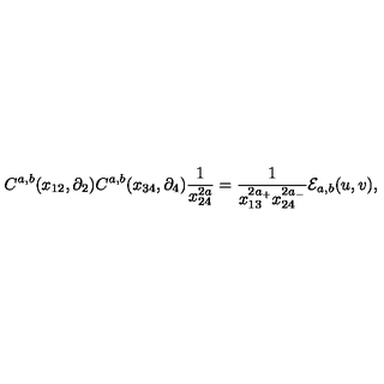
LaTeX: C ^ { a , b } ( x _ { 1 2 } , \partial _ { 2 } ) C ^ { a , b } ( x _ { 3 4 } , \partial _ { 4 } ) \frac { 1 } { x _ { 2 4 } ^ { 2 a } } = \frac { 1 } { x _ { 1 3 } ^ { 2 a _ { + } } x _ { 2 4 } ^ { 2 a _ { - } } } { \cal { E } } _ { a , b } ( u , v ) ,